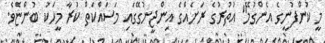
މީ ކުންފުނީގެ އެންގުމޭ" އުތުރުގެ ރަށެއްގެ އިންޖީނުގޭގައި މަސައްކަތް ކުރާ މީހަކު ބުންޏެވެ.